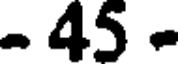
- 45 -